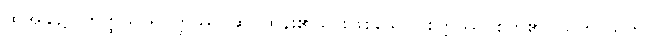
ထိုအခါ၌။ ဟတ္ထိသာရိပုတ္တဿ၊ ဆင်ထန်း၏သားဖြစ်သော။ စိတ္တဿ၊ စိတ်၏။ ယဟာယကာ၊